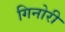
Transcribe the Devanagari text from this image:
गिनोरी